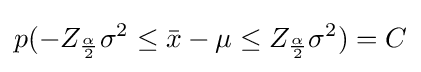
p(-Z_{\frac {\alpha }{2}}\sigma ^{2}\leq {\bar {x}}-\mu \leq Z_{\frac {\alpha }{2}}\sigma ^{2})=C